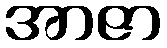
အာဇာ